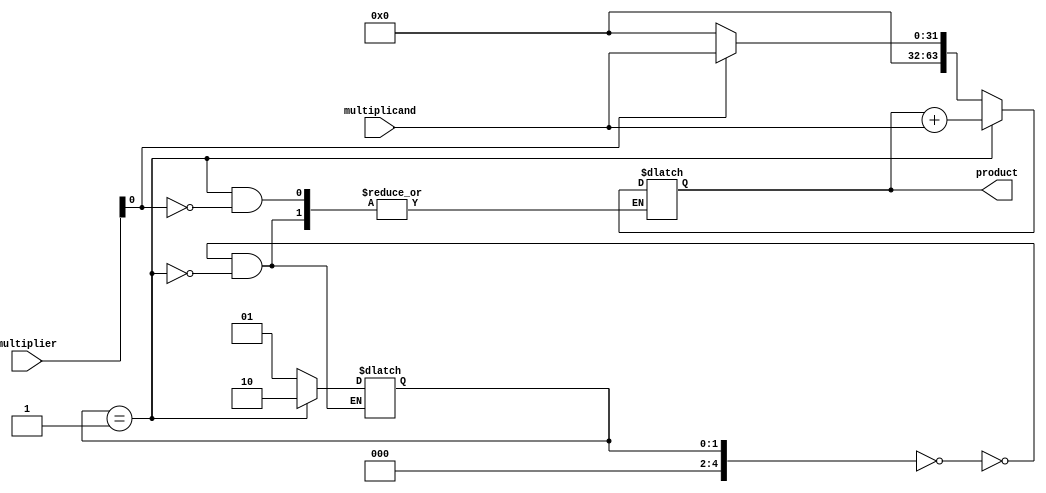
module booth_multiplier (
  input [31:0] multiplicand,
  input [31:0] multiplier,
  output reg [63:0] product
);

  reg [63:0] partial_products;
  reg [4:0] control_state = 5'b0;

  always @ (*) begin
    case (control_state)
      5'b00000: begin // Initial state
        if (multiplier[0] == 1)
          partial_products <= {32'b0, multiplicand};
        else
          partial_products <= {32'b0, 32'b0};
        control_state <= 5'b00001;
      end
      5'b00001: begin
        if (multiplier[0] == 1)
          partial_products <= partial_products + {32'b0, multiplicand};
        control_state <= 5'b00010;
      end
      // Add more cases for booth encoding algorithm
    endcase
  end

  always @ (*) begin
    product <= partial_products;
  end

endmodule